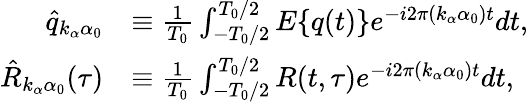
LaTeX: \begin{array}{rl}{\hat{q}_{k_{\alpha}\alpha_{0}}}&{\equiv\frac{1}{T_{0}}\int_{-T_{0}/2}^{T_{0}/2}E\{ q(t)\} e^{-i2\pi(k_{\alpha}\alpha_{0})t}dt,}\\ {\hat{R}_{k_{\alpha}\alpha_{0}}(\tau)}&{\equiv\frac{1}{T_{0}}\int_{-T_{0}/2}^{T_{0}/2}R(t,\tau)e^{-i2\pi(k_{\alpha}\alpha_{0})t}dt,}\end{array}